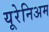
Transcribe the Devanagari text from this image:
यूरेनिअम